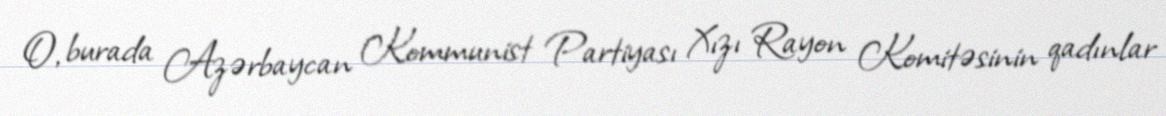
O, burada Azərbaycan Kommunist Partiyası Xızı Rayon Komitəsinin qadınlar